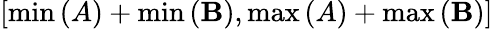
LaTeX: \left[\operatorname*{min}\left(A\right)+\operatorname*{min}\left(\mathbf{B}\right),\operatorname*{max}\left(A\right)+\operatorname*{max}\left(\mathbf{B}\right)\right]